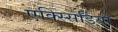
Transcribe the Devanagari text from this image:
एक्स्सिडियो